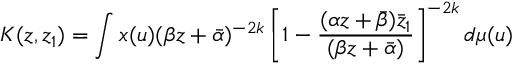
K ( z , z _ { 1 } ) = \int x ( u ) ( \beta z + \bar { \alpha } ) ^ { - 2 k } \left[ 1 - \frac { ( \alpha z + \bar { \beta } ) \bar { z } _ { 1 } } { ( \beta z + \bar { \alpha } ) } \right] ^ { - 2 k } d \mu ( u )